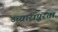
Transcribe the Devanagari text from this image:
उच्चारापुरता